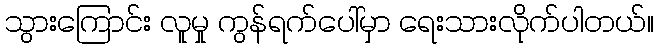
သွားကြောင်း လူမှု ကွန်ရက်ပေါ်မှာ ရေးသားလိုက်ပါတယ်။